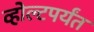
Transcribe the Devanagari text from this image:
व्होल्टपर्यंत